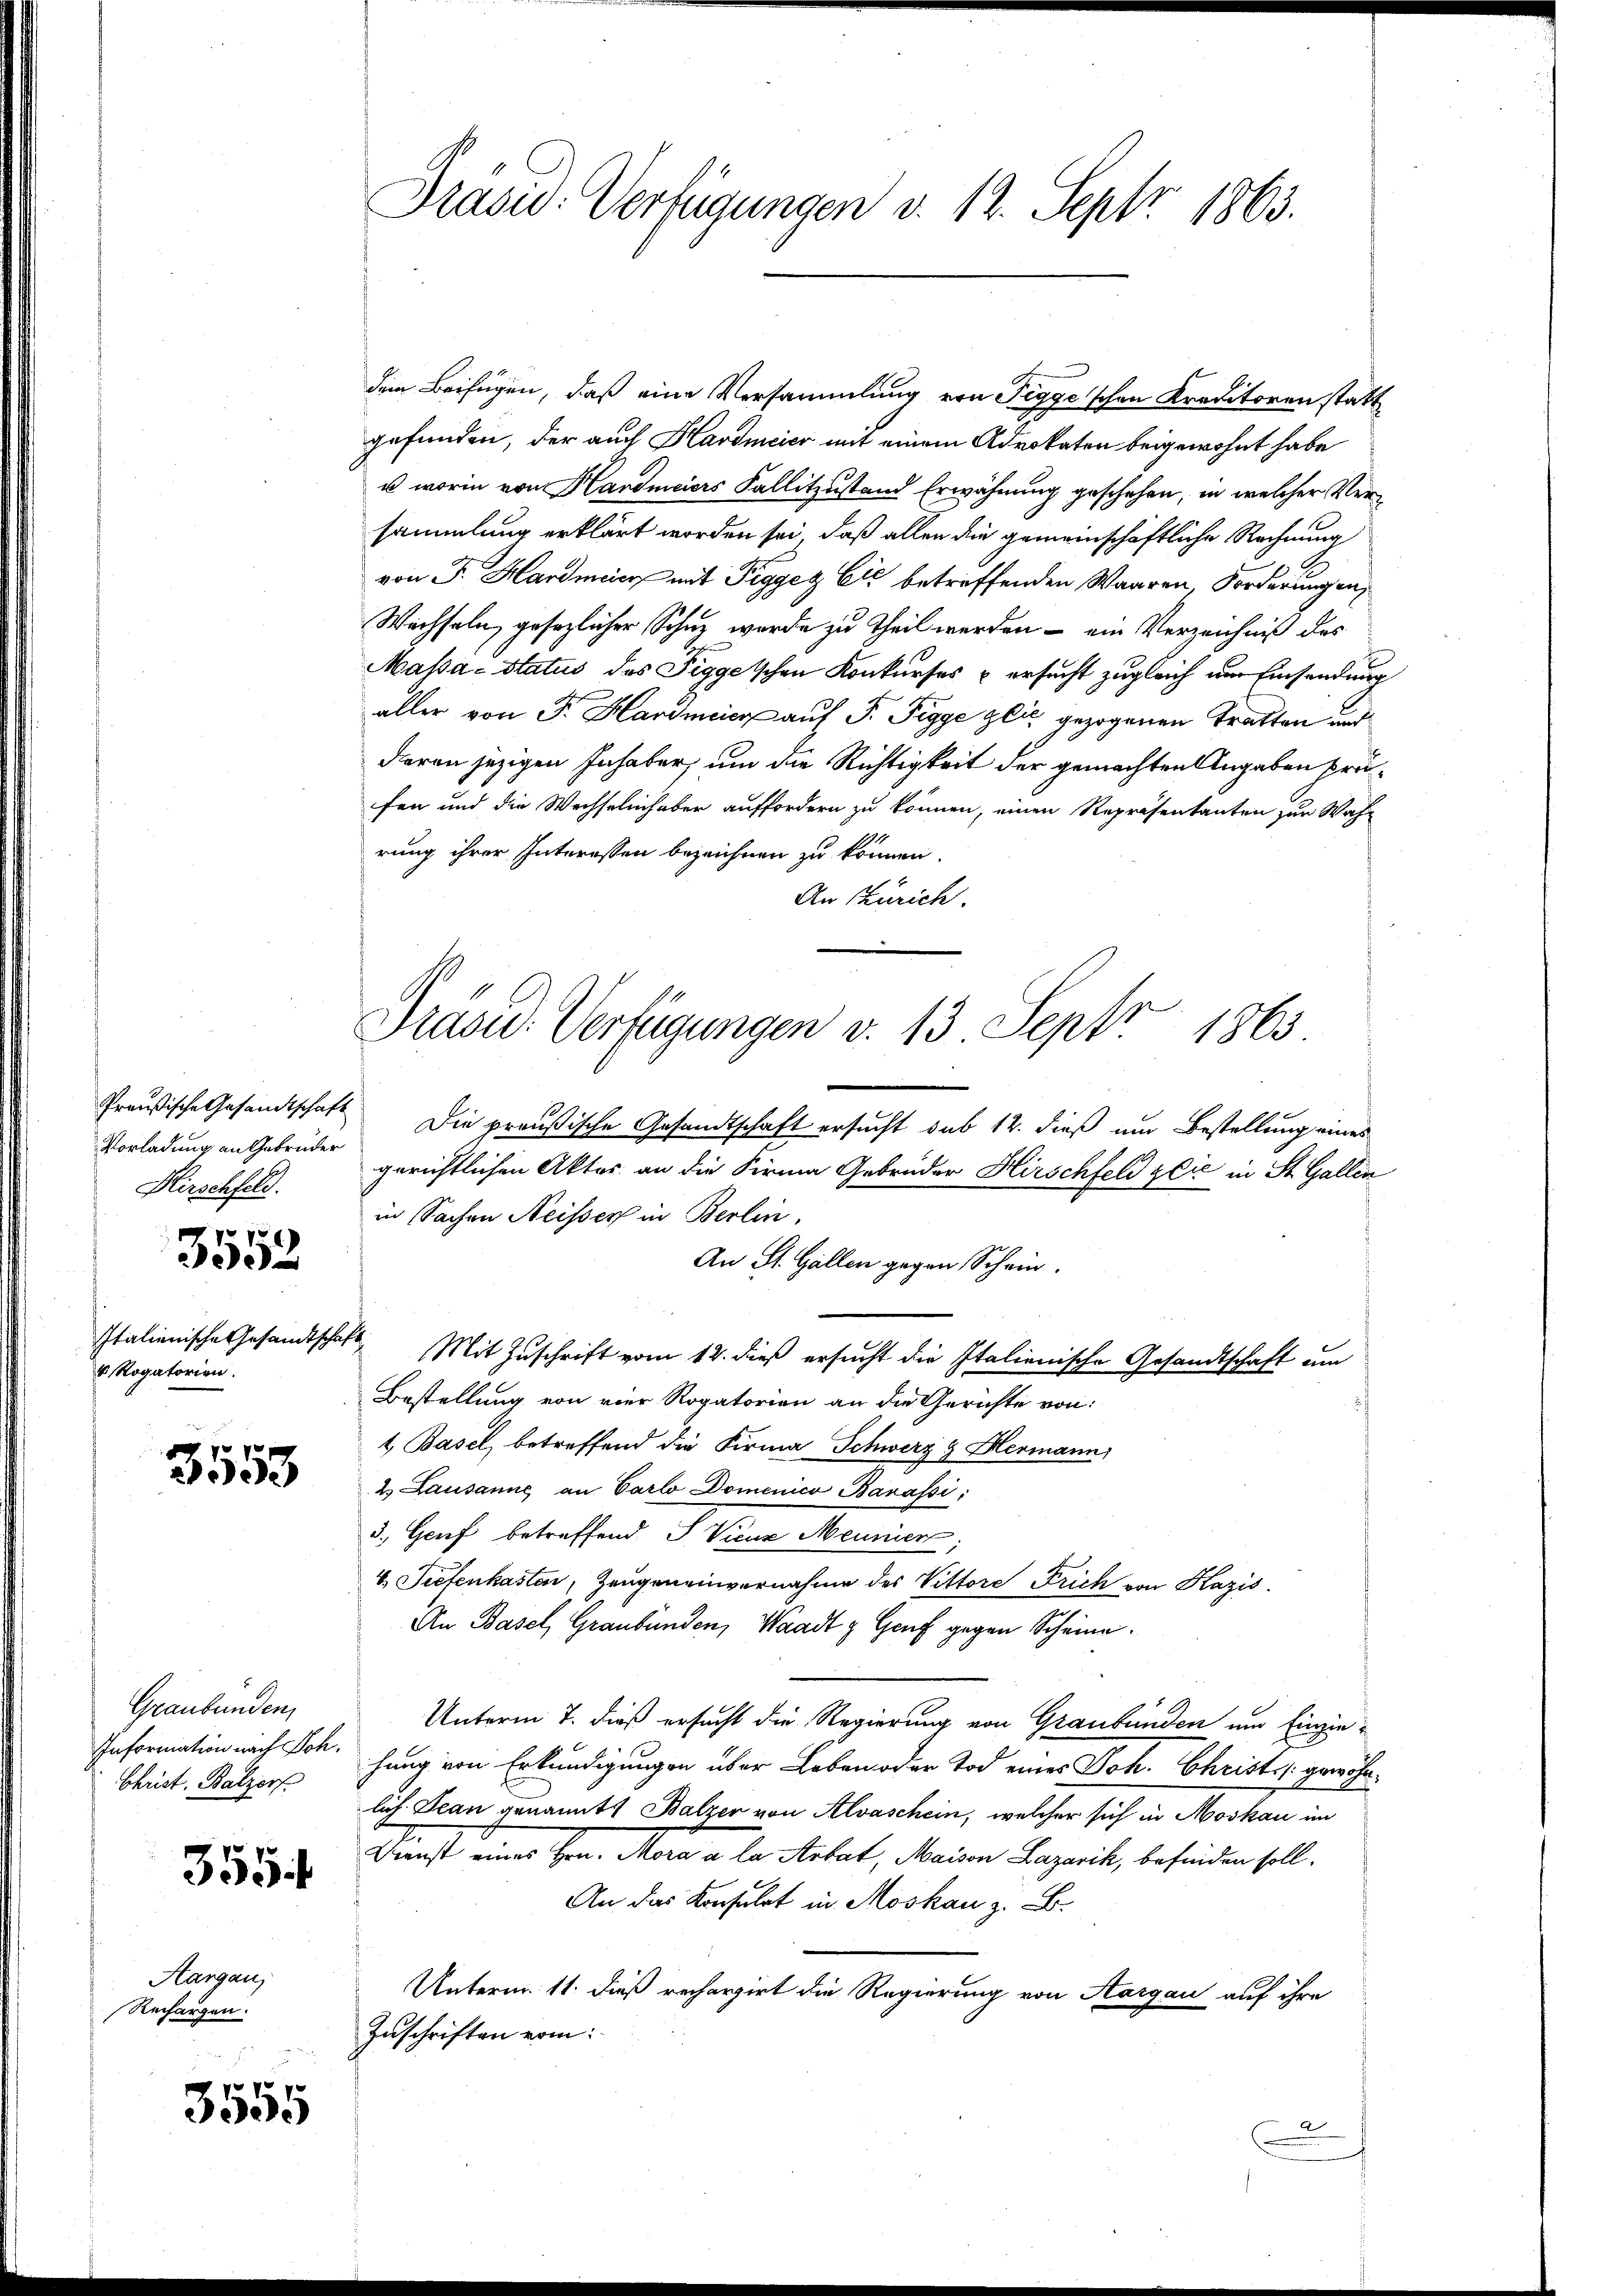
Vorladung an Gebrüder
Hirschfeld.

3552

Italienische Gesandtschaf
 Rogatorien.

31553

Graubünden,
Christ. Balzer

3554

Aargau,
Rechargen.

3555

Drasid. Verfügungen d. 12. Sept 1863.

dem Beifügen, daß eine Versammlung von Tegye'schen Kreditoren statt
gefunden, der auch Hardmeier mit einem Advokaten beigewohnt habe
u worin von Handmeiers Fallitzustand Erwähnung geschehen, in welcher Versammlung erklärt worden sei, daß allen die gemeinschaftliche Rechnung
von F. Hardmer mit Pigger Cić betreffenden Waaren, Forderungen,
Wachseln, gesezlicher Schur wurde zu Theil werden – ein Verzeichniß des
Massa-Status des Figgetschen Konkurses & ersucht zugleich um Einsendung
aller von Fr. Hardmeier auf P. Pigge glić gezogenen Tratten und
deren jezigen Inhaber, um die Richtigkeit der gemachten Angaben prüfen und die Wechselinhaben auffordern zu können, einen Repräsentanten zur Wah-
rung ihrer Interessen bezeichnen zu können.
An Zürich.

Präsid. Verfügungen v. 13. Sept 1863

.

Preußische Gesandtschaft Die preußische Gesandtschaft ersucht sub 12. dieß um Bestellung eines
gerichtlichen Aktes an die Firma Gebrüder Hirschfeld zlić in St. Gallin
in Sachen Neisser in Berlin,
An St. Gallen gegen Schein.
.
Mit Zuschrift vom 12. dieß ersucht die Italienische Gesandtschaft um
Bestellung von vier Rogatorien an die Gerichte von
1, Basel, betreffend die Firma Schwerz & Hermann,
2. Lausanne an Carlo Domenico Banassi
3. Genf betreffend S. Vicar Meunier;
4. Tiefenkasten, Zeugeneinvernahme des Vittore Frich von Kazis
An Basel, Graubünden, Waadt & Genf gegen Scheine
Unterm 7. dieß ersucht die Regierung von Graubünden und Einzie¬
Information nach Sch. Hang von Erkundigungen über Leben oder Tod eines Joh. Christ gewöhnlich Jean genannt. Balzer von Alvaschein, welcher sich in Moskau im
Dienst eines Hrn. Mora à la Arbat, Maison Lazarik, befinden soll.
An das Konsulat in Moskau z. B.
Unterm 11. dieß rechargirt die Regierung von Aargau auf ihre
Zuschriften vom
2